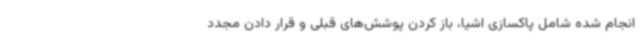
انجام شده شامل پاکسازی اشیا، باز کردن پوشش‌های قبلی و قرار دادن مجدد